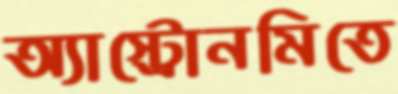
অ্যাস্ট্রোনমিতে